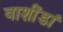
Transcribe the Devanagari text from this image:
वाशींडां